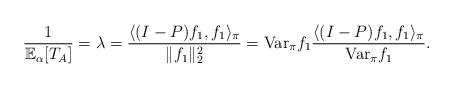
LaTeX: \begin{align*} \frac{1}{\mathbb{E}_{\alpha}[T_{A}]}=\lambda=\frac{\langle (I-P) f_{1},f_{1} \rangle_{\pi}}{\|f_1\|_2^2}=\mathrm{Var}_{\pi}f_1 \frac{\langle (I-P) f_{1},f_{1} \rangle_{\pi}}{\mathrm{Var}_{\pi}f_1}.\end{align*}